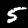
Label: 5